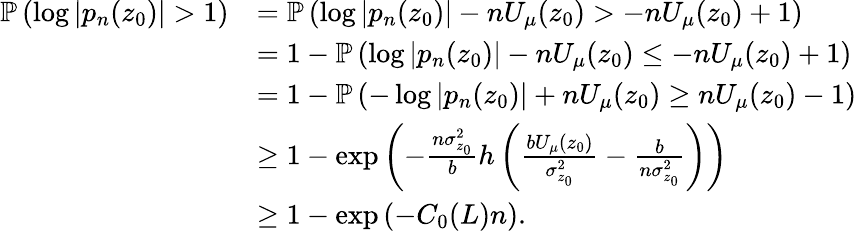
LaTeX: \begin{array}{rl}{{\mathbb{P}}\left(\log|p_{n}(z_{0})|>1\right)}&{={\mathbb{P}}\left(\log|p_{n}(z_{0})|-nU_{\mu}(z_{0})>-nU_{\mu}(z_{0})+1\right)}\\ &{=1-{\mathbb{P}}\left(\log|p_{n}(z_{0})|-nU_{\mu}(z_{0})\leq-nU_{\mu}(z_{0})+1\right)}\\ &{=1-{\mathbb{P}}\left(-\log|p_{n}(z_{0})|+nU_{\mu}(z_{0})\geq nU_{\mu}(z_{0})-1\right)}\\ &{\geq 1-\exp\left(-\frac{n\sigma_{z_{0}}^{2}}{b}h\left(\frac{bU_{\mu}(z_{0})}{\sigma_{z_{0}}^{2}}-\frac{b}{n\sigma_{z_{0}}^{2}}\right)\right)}\\ &{\geq 1-\exp\left(-C_{0}(L)n\right).}\end{array}